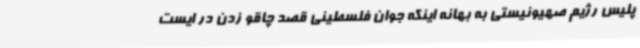
پلیس رژیم صهیونیستی به بهانه اینکه جوان فلسطینی قصد چاقو زدن در ایست